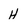
Character: H